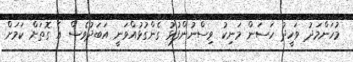
މުހަންމަދު ވަހީދު ހަސަން މަނިކު ވިސްނުންފުޅު ގެންގުޅުއްވަނީ އަބަދުވެސް އެ ގޮތަށް ކަމަށް